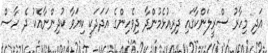
އަދި މިހާރު ސްރީލަންކާގައި ދިރިއުޅެމުންދާ ދިވެހިންގެ އަދަދަކީ ކިޔަވާ ކުދިންނާއެކު ދެ ހާސް